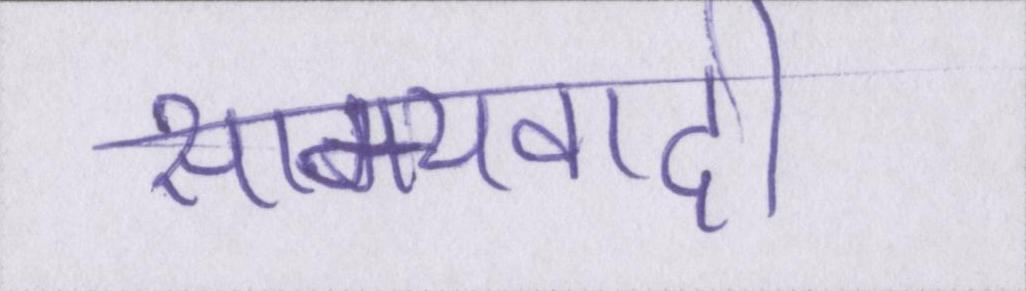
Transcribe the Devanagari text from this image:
साम्यवादी